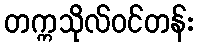
တက္ကသိုလ်ဝင်တန်း